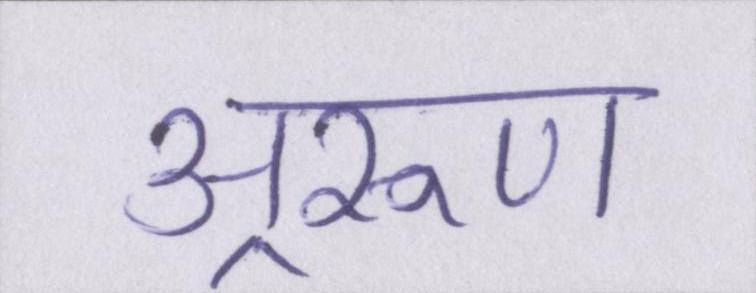
अ्ररूण